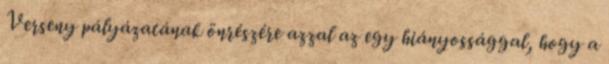
Verseny pályázatának önrészére azzal az egy hiányossággal, hogy a